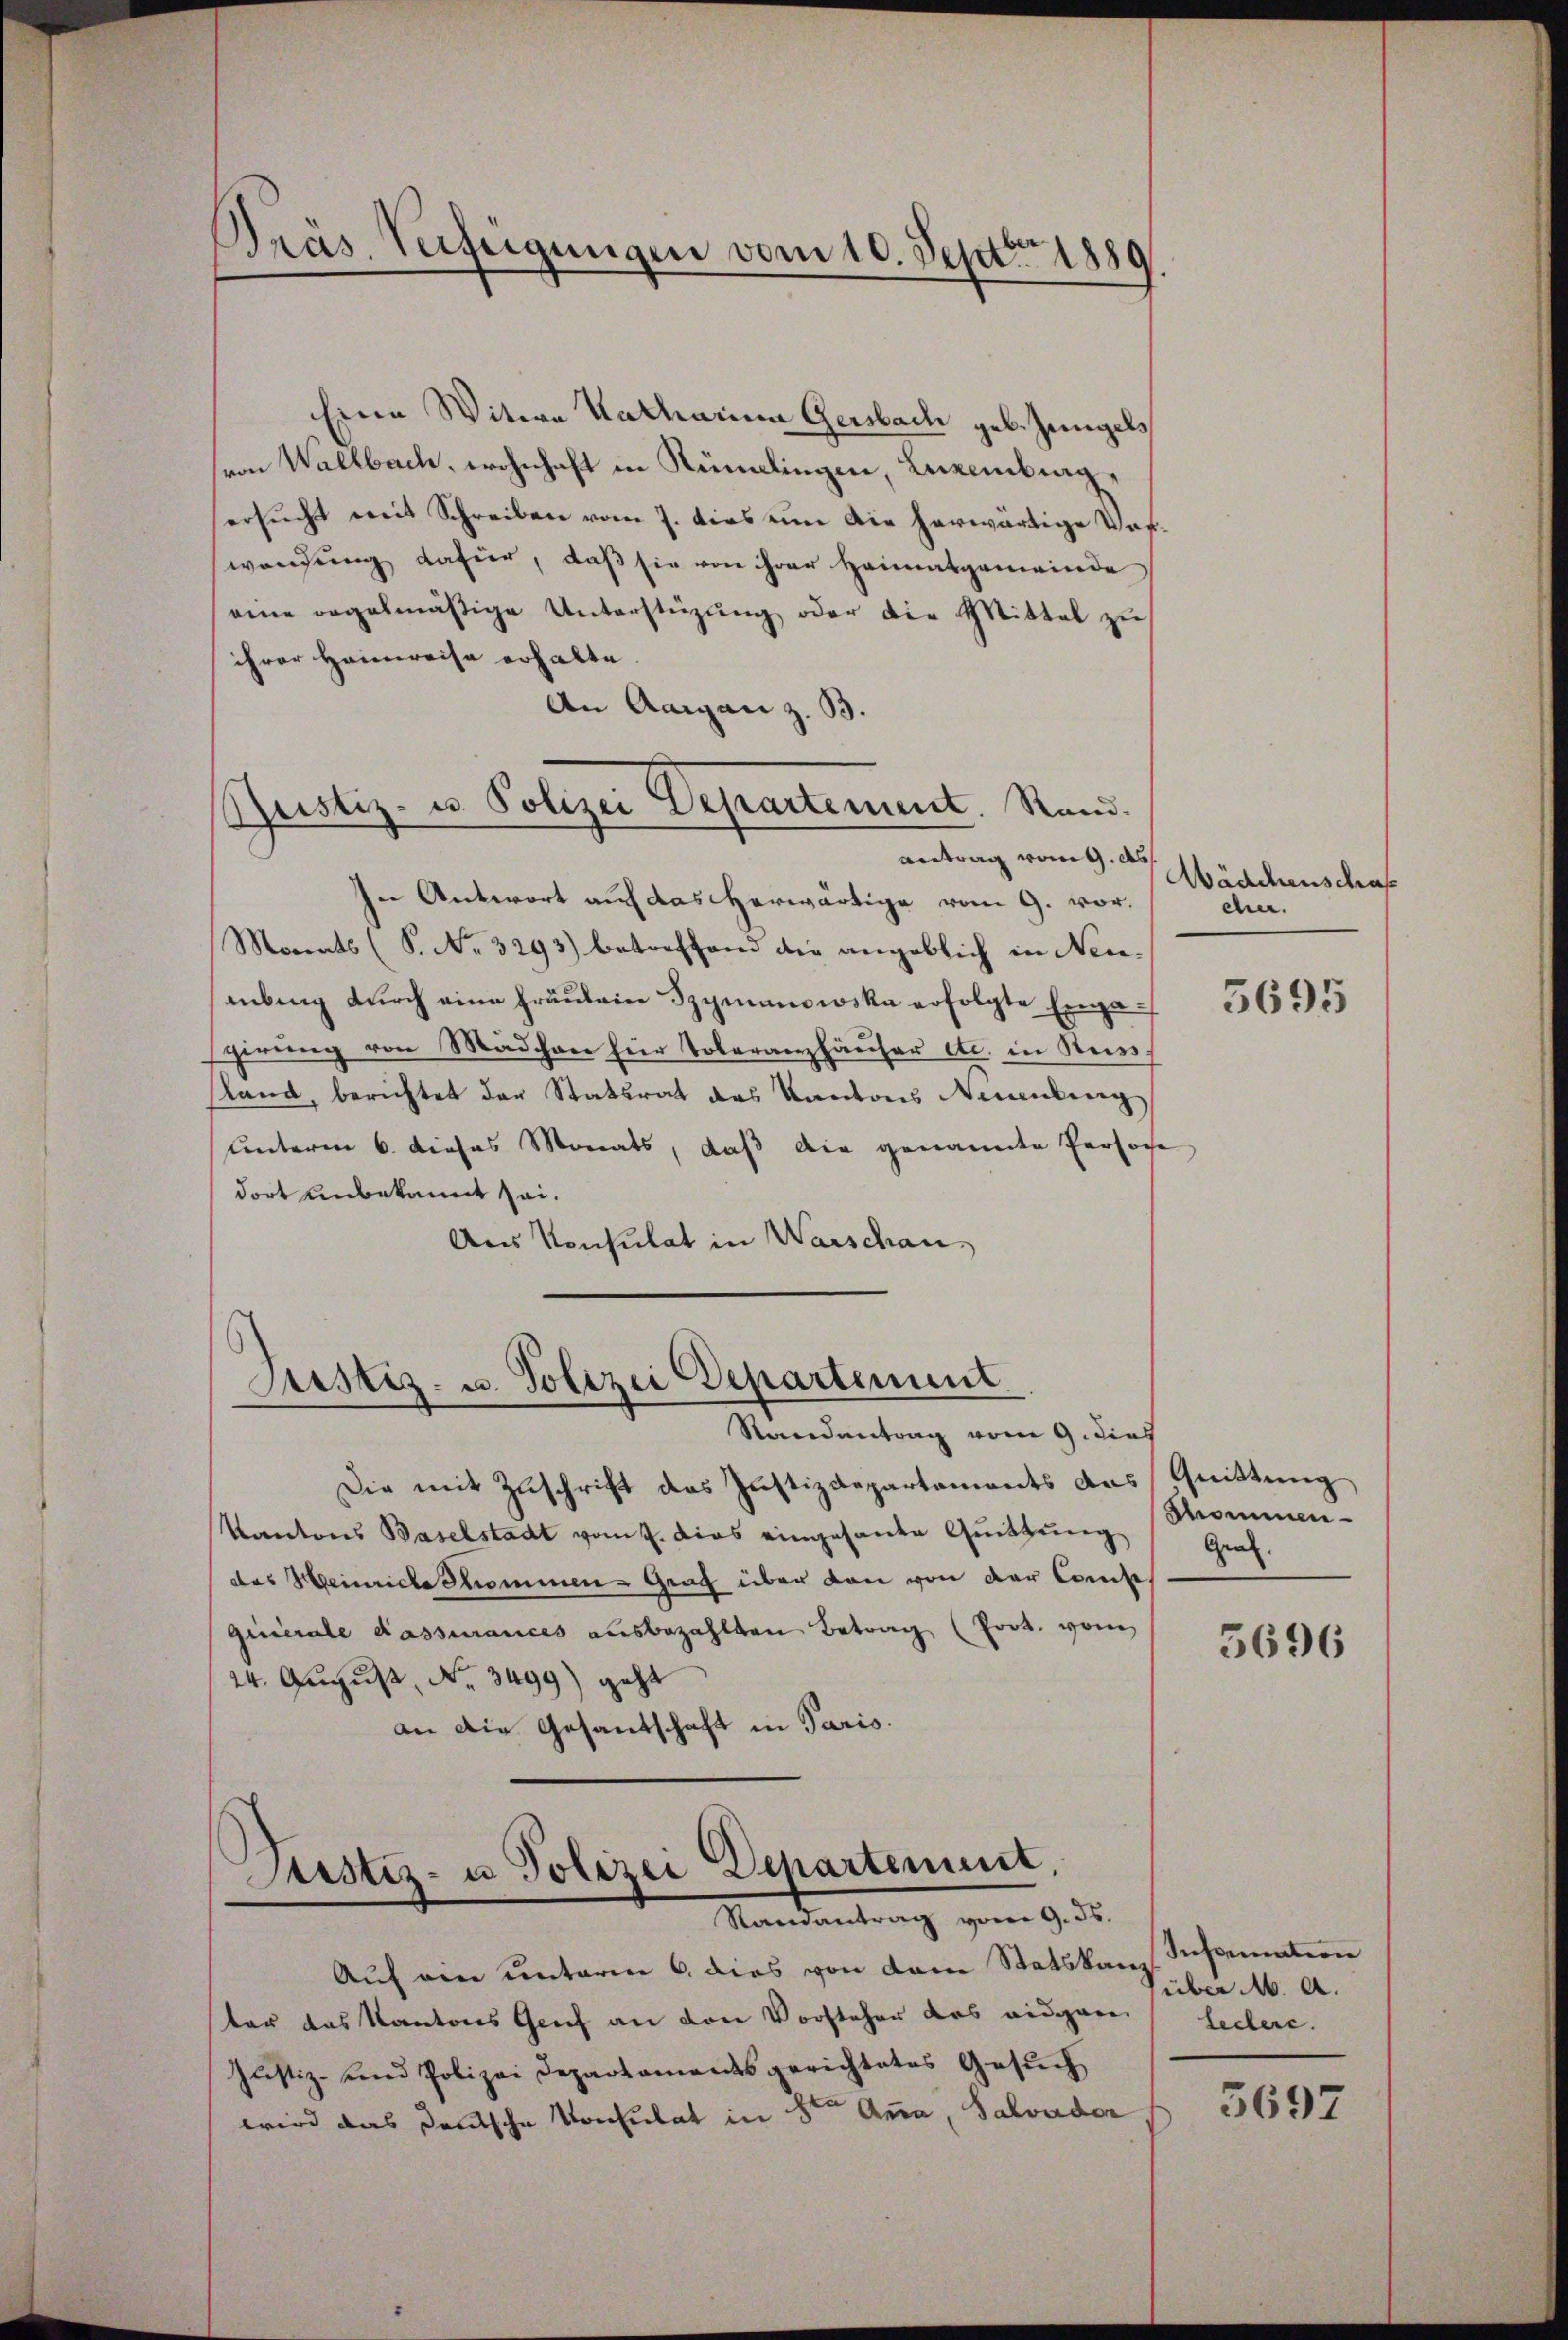
Pras. Verfügungen vom 10. Sept. 1880

Eine Witwe Katharina Gersbach geb. Zungels
von Wallbach, wohnhaft in Rümelingen, Luxenburg,
ersŭcht mit Schreiben vom 7. dies um die herwärtige Vorwendung dahier, daß sie von ihrer Heimatgemeinde
eine regelmäßige Unterstüzŭng oder die Mittel zŭ
ihrer Heimreise erhalte.
An Aargau z. B.
In Antwort auf das herwärtige vom 9. vor¬
Monats (S. No. 3293) betreffend die angeblich in Neuabung durch eine Fräulein Szymanowska erfolgte Enga
sgirung von Mädchen hier Toleranzhäuser etc. in Steinsland, berichtet der Statsrat des Kantons Neuenburg
unterm 6. dieses Monats, daß die genannte Persoche
dort unbekannt sei.
Aus Konsulat in Warschau,

Pristiz- u. Polizei Departement. Rand.
Antrag vom 9. d.

Justiz- u. Polizei Departement.
Randantrag vom 9. dies

Justiz- u Polizei Departement.
Randantrag vom 9. ds.

Die mit Zuschrift des Justizdepartements das Quittung
Kantons Baselstadt vom 4. dies eingesante Quittung
des Heinriche Strommen - Graz über den von der Comte
quierale Fassurances ausbezahlten Betrag (Prot. vom
24. August, No 3499) geht
an die Gesandschaft in Paris.

Auf ein unterm 6. dies von dem Statskanz
ter das Kantons Genf an den Vorsteher das eidgan lectere.
Justiz- und Polizei Departamentsgerichtetes Gesŭch
wird das Deutsche Konsulat in 8ten Anna, Salvador

Wädchenschaf
cher.

5695

nommen
Gral.

5696

Insation
über M. A.

3697